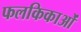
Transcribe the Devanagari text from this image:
फलकिकाओं